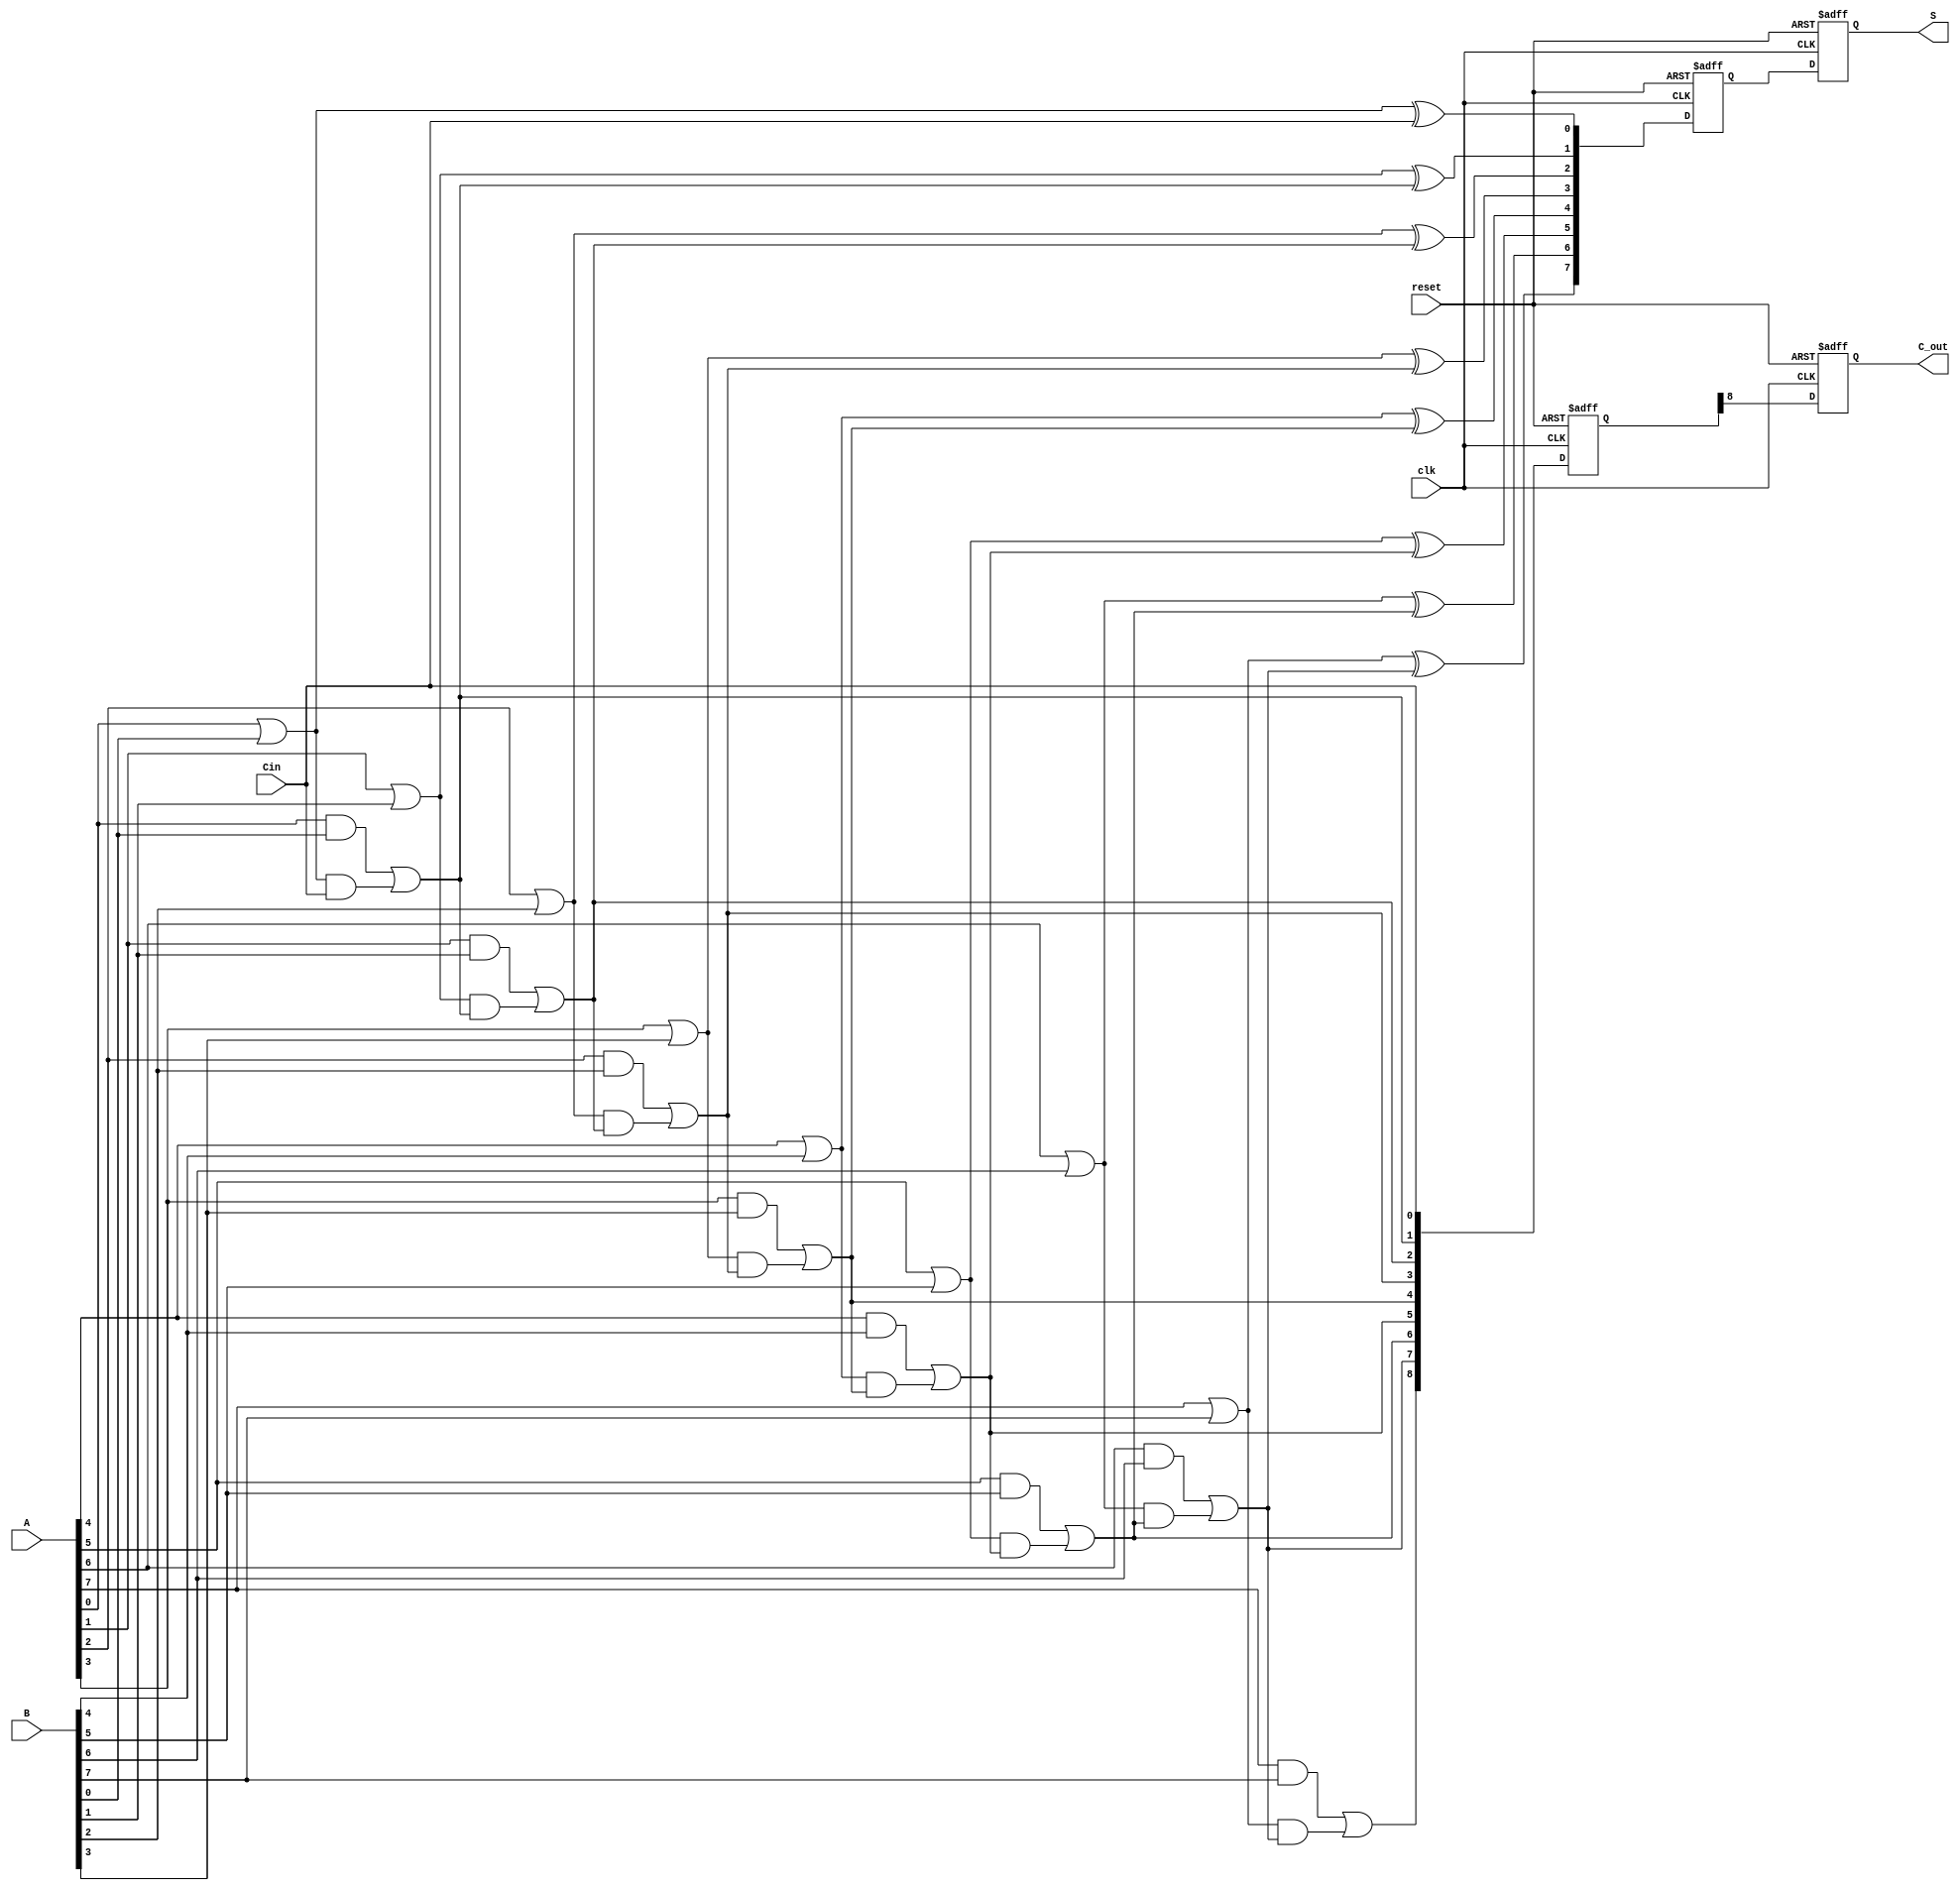
module pipelined_cla #(
    parameter N = 8 // Number of bits
)(
    input  wire [N-1:0] A,       // First operand
    input  wire [N-1:0] B,       // Second operand
    input  wire Cin,              // Carry-in
    input  wire clk,              // Clock
    input  wire reset,            // Reset
    output reg [N-1:0] S,         // Sum output
    output reg C_out              // Carry-out
);

    // Intermediate signals
    wire [N-1:0] G; // Generate signals
    wire [N-1:0] P; // Propagate signals
    wire [N:0] C;    // Carry signals

    // Stage 1: Generate and Propagate signals
    generate
        genvar i;
        for (i = 0; i < N; i = i + 1) begin : gen_prop
            assign G[i] = A[i] & B[i]; // Generate
            assign P[i] = A[i] | B[i]; // Propagate
        end
    endgenerate

    // Stage 2: Carry calculation
    assign C[0] = Cin; // Initial carry
    generate
        for (i = 0; i < N; i = i + 1) begin : carry_calc
            assign C[i+1] = G[i] | (P[i] & C[i]); // Carry calculation
        end
    endgenerate

    // Stage 3: Sum calculation
    wire [N-1:0] sum_temp;
    generate
        for (i = 0; i < N; i = i + 1) begin : sum_calc
            assign sum_temp[i] = P[i] ^ C[i]; // Sum calculation
        end
    endgenerate

    // Pipelining registers
    reg [N-1:0] reg_sum_stage1;
    reg [N:0] reg_carry_stage1;

    always @(posedge clk or posedge reset) begin
        if (reset) begin
            reg_sum_stage1 <= 0;
            reg_carry_stage1 <= 0;
            S <= 0;
            C_out <= 0;
        end else begin
            // Stage 1 output
            reg_sum_stage1 <= sum_temp;
            reg_carry_stage1 <= C;

            // Stage 2 output
            S <= reg_sum_stage1;
            C_out <= reg_carry_stage1[N]; // Final carry-out
        end
    end

endmodule